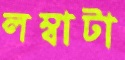
লম্বাটা